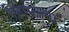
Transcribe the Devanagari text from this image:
निपटेगा